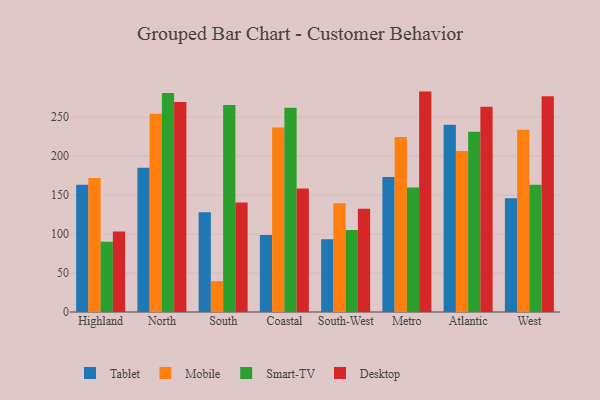
{"axis": {"x": "Region", "y": "Page Views"}, "legend": ["Desktop", "Mobile", "Smart-TV", "Tablet"], "data": [{"x": "Highland", "y": 163.2, "type": "Tablet"}, {"x": "Highland", "y": 171.8, "type": "Mobile"}, {"x": "Highland", "y": 90.0, "type": "Smart-TV"}, {"x": "Highland", "y": 103.4, "type": "Desktop"}, {"x": "North", "y": 185.0, "type": "Tablet"}, {"x": "North", "y": 254.5, "type": "Mobile"}, {"x": "North", "y": 281.1, "type": "Smart-TV"}, {"x": "North", "y": 269.3, "type": "Desktop"}, {"x": "South", "y": 127.9, "type": "Tablet"}, {"x": "South", "y": 39.6, "type": "Mobile"}, {"x": "South", "y": 265.6, "type": "Smart-TV"}, {"x": "South", "y": 140.5, "type": "Desktop"}, {"x": "Coastal", "y": 98.7, "type": "Tablet"}, {"x": "Coastal", "y": 236.6, "type": "Mobile"}, {"x": "Coastal", "y": 262.2, "type": "Smart-TV"}, {"x": "Coastal", "y": 158.4, "type": "Desktop"}, {"x": "South-West", "y": 93.4, "type": "Tablet"}, {"x": "South-West", "y": 139.6, "type": "Mobile"}, {"x": "South-West", "y": 105.3, "type": "Smart-TV"}, {"x": "South-West", "y": 132.6, "type": "Desktop"}, {"x": "Metro", "y": 173.1, "type": "Tablet"}, {"x": "Metro", "y": 224.5, "type": "Mobile"}, {"x": "Metro", "y": 159.7, "type": "Smart-TV"}, {"x": "Metro", "y": 282.8, "type": "Desktop"}, {"x": "Atlantic", "y": 240.2, "type": "Tablet"}, {"x": "Atlantic", "y": 206.6, "type": "Mobile"}, {"x": "Atlantic", "y": 231.3, "type": "Smart-TV"}, {"x": "Atlantic", "y": 263.3, "type": "Desktop"}, {"x": "West", "y": 145.8, "type": "Tablet"}, {"x": "West", "y": 233.8, "type": "Mobile"}, {"x": "West", "y": 163.3, "type": "Smart-TV"}, {"x": "West", "y": 276.7, "type": "Desktop"}]}